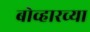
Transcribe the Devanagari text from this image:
बोव्हारच्या